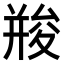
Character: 𠬌